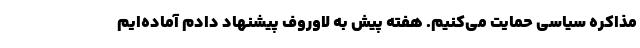
مذاکره سیاسی حمایت می‌‌کنیم. هفته پیش به لاوروف پیشنهاد دادم آماده‌ایم